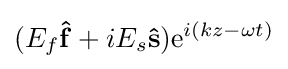
(E_{f}\mathbf {\hat {f}} +iE_{s}\mathbf {\hat {s}} )\mathrm {e} ^{i(kz-\omega t)}